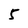
Character: 5